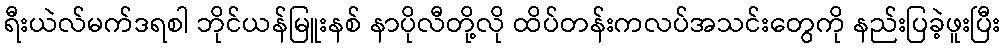
ရီးယဲလ်မက်ဒရစါ ဘိုင်ယန်မြူးနစ် နာပိုလီတို့လို ထိပ်တန်းကလပ်အသင်းတွေကို နည်းပြခဲ့ဖူးပြီး